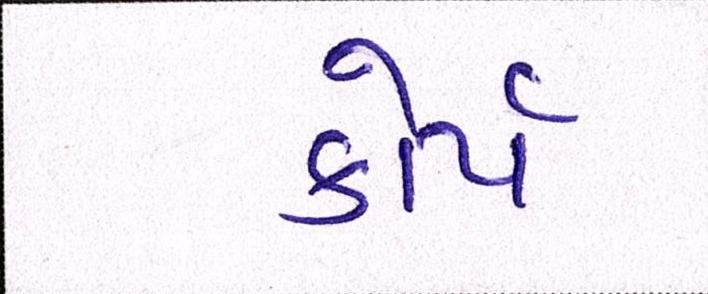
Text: કોર્પ